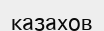
казахов